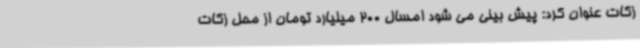
زکات عنوان کرد: پیش بینی می شود امسال 200 میلیارد تومان از محل زکات